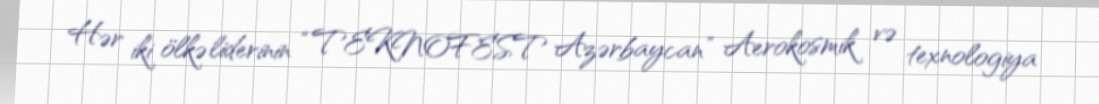
Hər iki ölkə liderinin “TEKNOFEST Azərbaycan” Aerokosmik və texnologiya